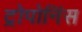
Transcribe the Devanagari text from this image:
ट्रोपोनिंस